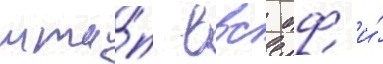
мта́п ввс бф и́